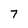
Character: 7